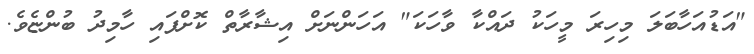
"އަޑުއަހާބަލަ މިހިރަ މީހަކު ދައްކާ ވާހަކަ" އަހަންނަށް އިޝާރާތް ކޮށްފައި ހާމިދު ބުންޏެވެ.